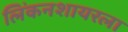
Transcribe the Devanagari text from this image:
लिंकनशायरला